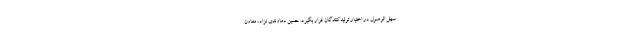
سهل الوصول در اختیار تولیدکنندگان قرار بگیرد. حسین دماوندی نژاد، معاون